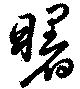
曙